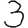
Digit: 3